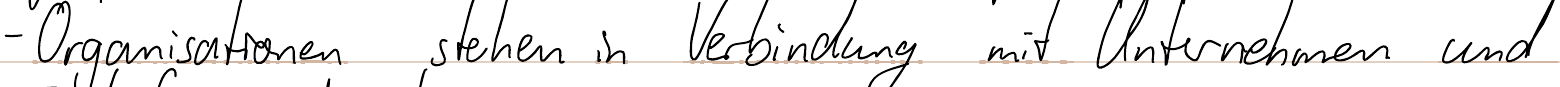
- Organisationen stehen in Verbindung mit Unternehmen und